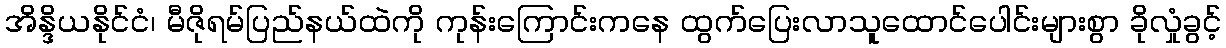
အိန္ဒိယနိုင်ငံ၊ မီဇိုရမ်ပြည်နယ်ထဲကို ကုန်းကြောင်းကနေ ထွက်ပြေးလာသူထောင်ပေါင်းများစွာ ခိုလှုံခွင့်